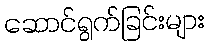
ဆောင်ရွက်ခြင်းများ